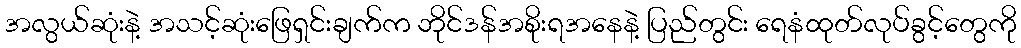
အလွယ်ဆုံးနဲ့ အသင့်ဆုံးဖြေရှင်းချက်က ဘိုင်ဒန်အစိုးရအနေနဲ့ ပြည်တွင်း ရေနံထုတ်လုပ်ခွင့်တွေကို